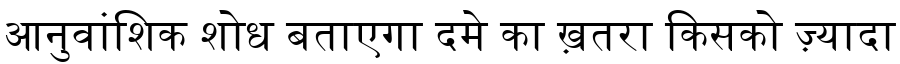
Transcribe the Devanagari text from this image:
आनुवांशिक शोध बताएगा दमे का ख़तरा किसको ज़्यादा